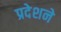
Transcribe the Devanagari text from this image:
प्रदेशने